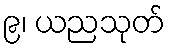
၉၊ ယညသုတ်